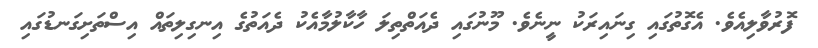
ފޮރުވާލިއެވެ. އެގޮތުގައި ގިނައިރަކު ނީނެވެ. މޫނުގައި ދެއަތްތިލަ ހާކާލުމާއެކު ދެއަތުގެ އިނގިލިތައް އިސްތަށިގަނޑުގައި